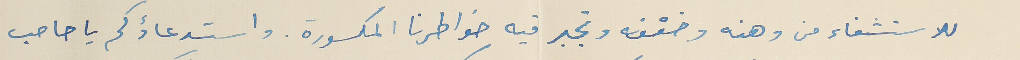
للاستشفاء من وهنه وضعْفه وتجبر فيه خواطرنا المكسورة. واستدعاؤكم يا صاحب